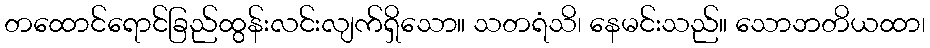
တထောင်ရောင်ခြည်ထွန်းလင်းလျက်ရှိသော။ သတရံသိ၊ နေမင်းသည်။ သောဘတိယထာ၊